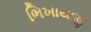
ભિખાયજી